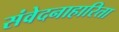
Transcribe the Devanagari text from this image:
संवेदनाहारिता